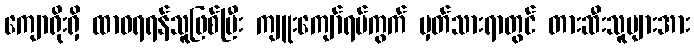
ကျောရိုးရှိ ထာဝရရန်သူဖြစ်ပြီး ကျူးကျော်ရပ်ကွက် မှတ်သားရာတွင် တားဆီးသူများအား